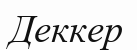
Деккер